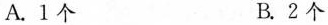
A.1个 B.2个